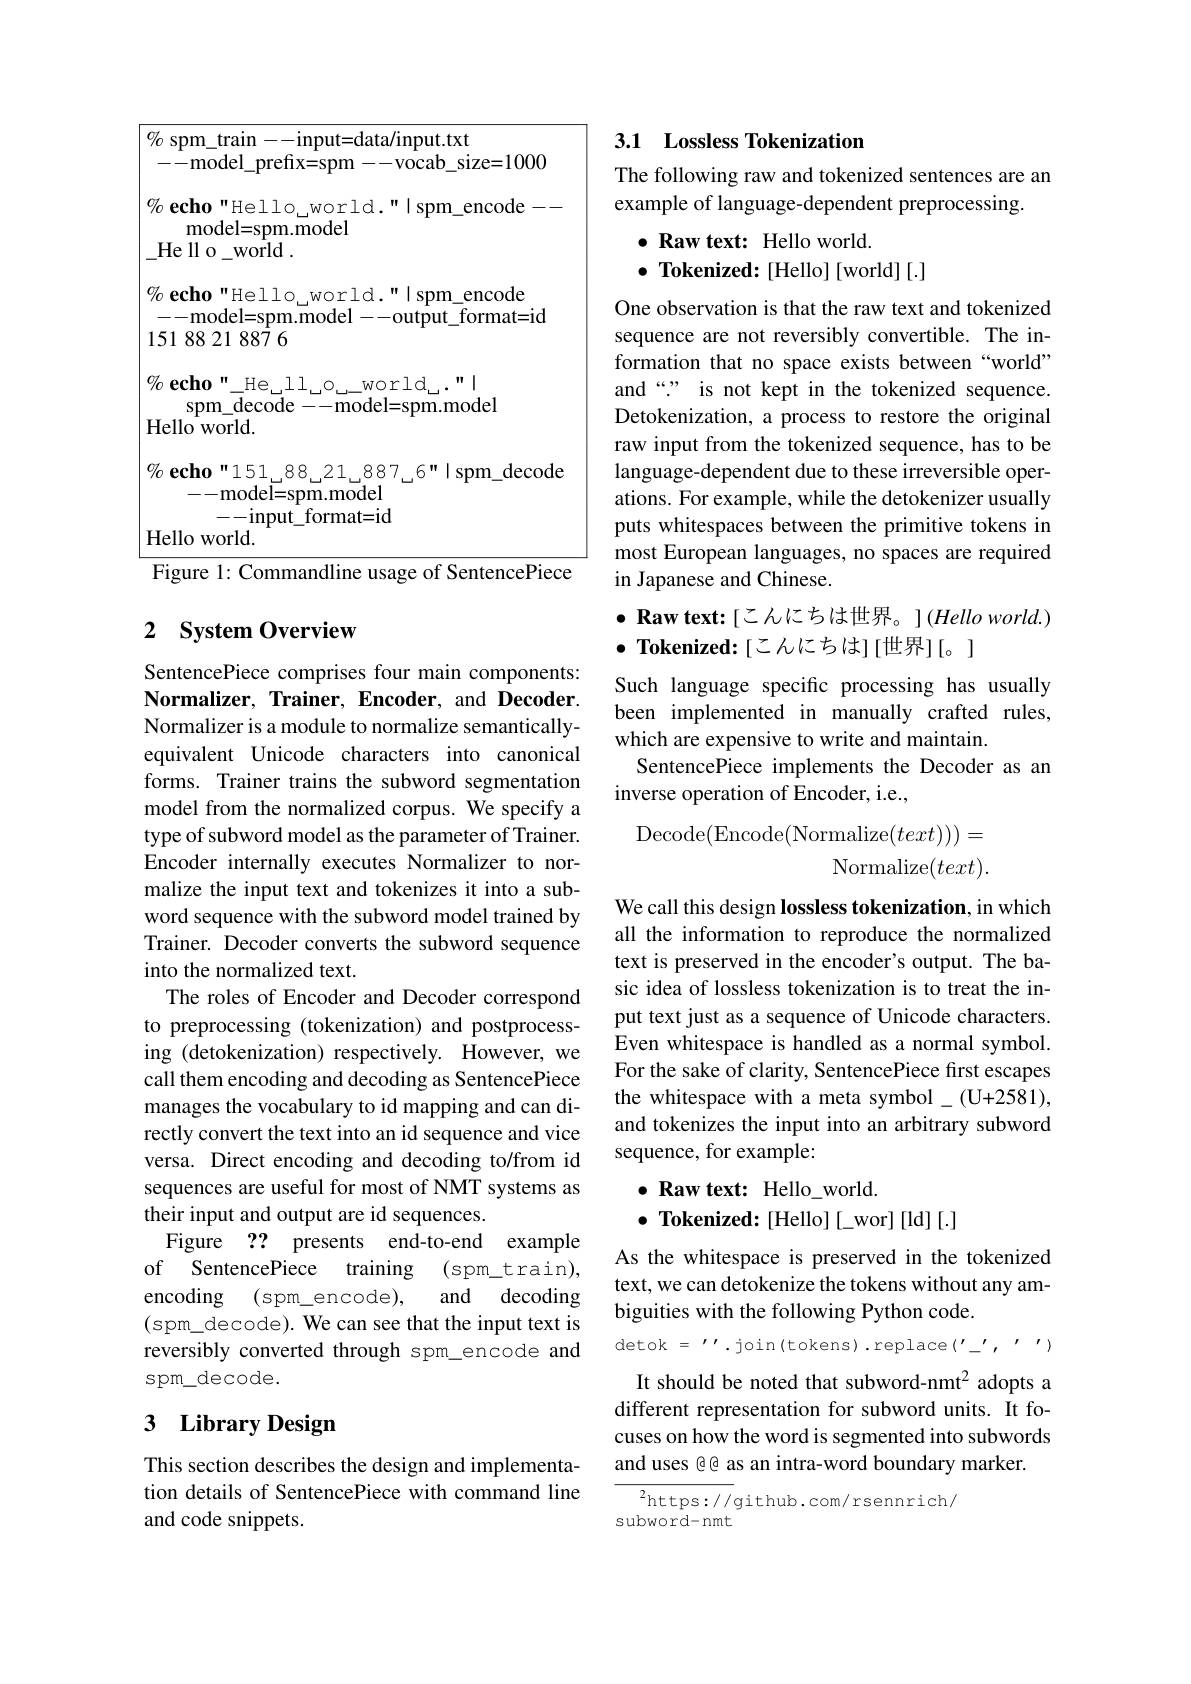
<table>
	<tbody>
		<tr>
			<td> </td>
			<td>$\operatorname{spm}_{\mathrm{train}}$ 1--input=data/input.txt $-{\mathrm{model\_prefix=spm--vocab\_size=1000}}$</td>
		</tr>
		<tr>
			<td> </td>
			<td>echo"Hello,world."|spm_encode $\vdots--$ model= spm. model ${\mathrm{He~ll~o_{world}}}.$</td>
		</tr>
		<tr>
			<td>1</td>
			<td>$echo"Hello_{\mathrm{~world."|spm_encode}}$ -model= spm. model- - output$\_$format= id $1882188\dot{7}6$</td>
		</tr>
		<tr>
			<td>$\textbf{F}$</td>
			<td>- model= spm. model --input\_format=id ello world.</td>
		</tr>
		<tr>
			<td> </td>
			<td>$|\mathbf{g}ur\mathbf{e}$ 、 1 omma 111 licaoe 1 SentencePiece</td>
		</tr>
	</tbody>
</table>

## 2 System Overview

SentencePiece comprises four main components: $\textbf{Normalizer, Trainer, Encoder, and Decoder. }$ Normalizer is a module to normalize semanticallyequivalent Unicode characters into canonical forms. Trainer trains the subword segmentation model from the normalized corpus. We specify a type of subword model as the parameter of Trainer. Encoder internally executes Normalizer to normalize the input text and tokenizes it into a subword sequence with the subword model trained by Trainer. Decoder converts the subword sequence into the normalized text.
The roles of Encoder and Decoder correspond to preprocessing (tokenization) and postprocessing (detokenization) respectively. However, we call them encoding and decoding as SentencePiece manages the vocabulary to id mapping and can directly convert the text into an id sequence and vice versa. Direct encoding and decoding to/from id sequences are useful for most of NMT systems as their input and output are id sequences.
Figure ?? presents end-to-end example of SentencePiece training (spm\_train),
and decoding
encoding (spm\_encode),
(spm\_decode). We can see that the input text is reversibly converted through spm\_encode and spm\_decode.

## $3\textbf{ Library Design}$

This section describes the design and implementation details of SentencePiece with command line and code snippets.

## 3.1 Lossless Tokenization

# The following raw and tokenized sentences are an example of language-dependent preprocessing

$\bullet \textbf{Raw text: Hello world}$
$\bullet$ Tokenized:[Hello][world][.]

One observation is that the raw text and tokenized sequence are not reversibly convertible. The information that no space exists between“world” and“” is not kept in the tokenized sequence. Detokenization, a process to restore the original raw input from the tokenized sequence, has to be language-dependent due to these irreversible operations. For example, while the detokenizer usually puts whitespaces between the primitive tokens in most European languages, no spaces are required in Japanese and Chinese.

$\bullet$ Raw text:[こんにちは世界。](Helloworld.)
$\bullet$ Tokenized:[こんにちは][世界][。]

Such language specific processing has usually been implemented in manually crafted rules, which are expensive to write and maintain.
SentencePiece implements the Decoder as an
inverse operation of Encoder, i.e.,
Decode(Encode(Normalize$(text)))=$

Normalize$(text).$

We call this design lossless tokenization, in which all the information to reproduce the normalized text is preserved in the encoder's output. The basic idea of lossless tokenization is to treat the input text just as a sequence of Unicode characters. Even whitespace is handled as a normal symbol. For the sake of clarity, SentencePiece first escapes the whitespace with a meta symbol -(U+2581), and tokenizes the input into an arbitrary subword sequence, for example:

$\bullet$ Raw text: Hello\_world.
$\bullet$ Tokenized: [Hello] [\_wor] [ld][.]

As the whitespace is preserved in the tokenized text, we can detokenize the tokens without any ambiguities with the following Python code.

$\det$k$={\prime\prime}.$join(tokens).replace$(^\prime_{-}^{\prime},{\prime\prime})$

It should be noted that subword-nmt$^{2}$ adopts a different representation for subword units. It focuses on how the word is segmented into subwords and uses @@ as an intra-word boundary marker

${{\overline{{^2}}}\mathrm{https://}}$github.com/rsennrich/
subword-nmt